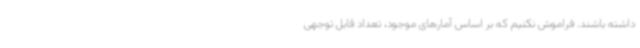
داشته باشند. فراموش نکنیم که بر اساس آمارهای موجود، تعداد قابل توجهی